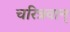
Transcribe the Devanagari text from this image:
चरित्रवान्‌